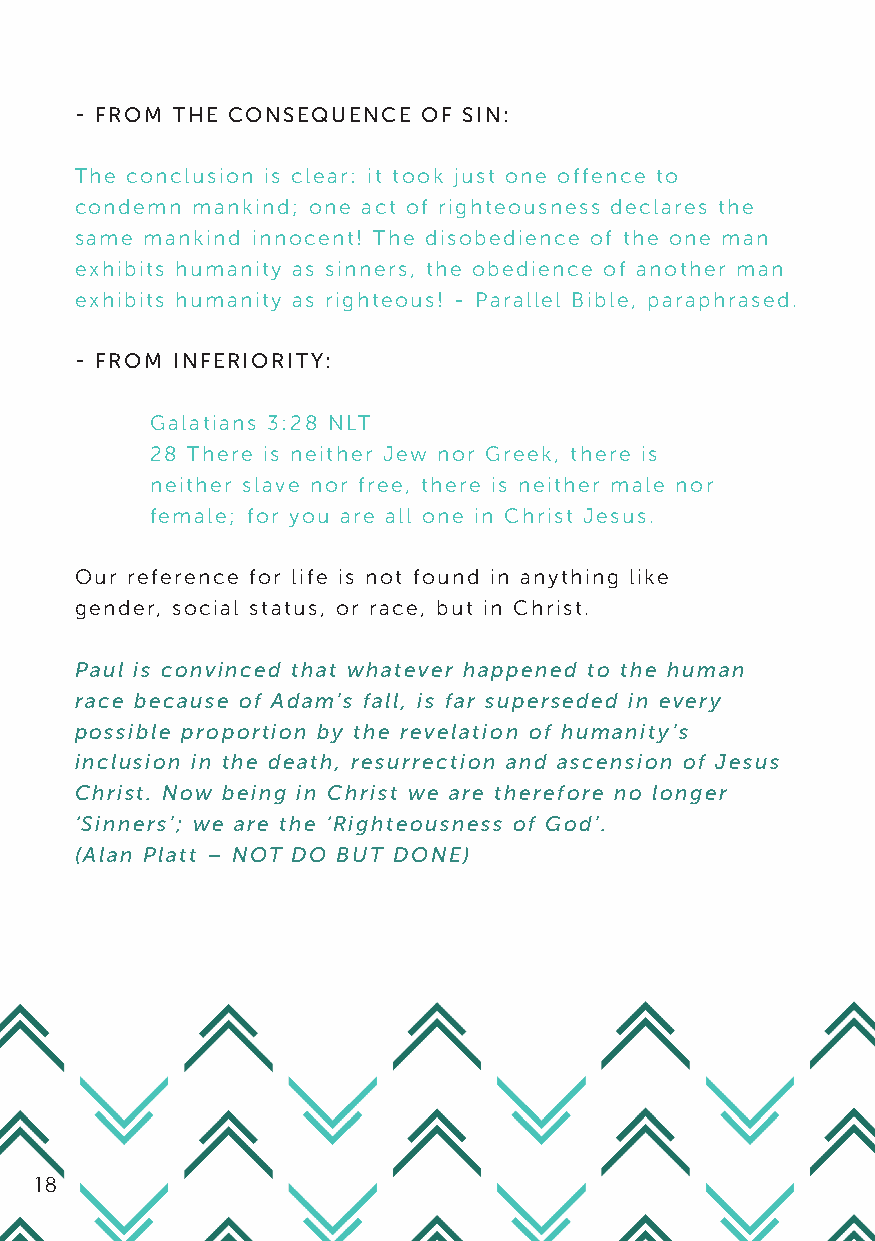
- FROM THE CONSEQUENCE OF SIN:
 The conclusion is clear: it took just one offence to
 condemn mankind; one act of righteousness declares the
 same mankind innocent! The disobedience of the one man
 exhibits humanity as sinners, the obedience of another man
 exhibits humanity as righteous! - Parallel Bible, paraphrased.
 - FROM INFERIORITY:
 Galatians 3:28 NLT
 28 There is neither Jew nor Greek, there is
 neither slave nor free, there is neither male nor
 female; for you are all one in Christ Jesus.
 Our reference for life is not found in anything like
 gender, social status, or race, but in Christ.
 Paul is convinced that whatever happened to the human
 race because of Adam’s fall, is far superseded in every
 possible proportion by the revelation of humanity’s
 inclusion in the death, resurrection and ascension of Jesus
 Christ. Now being in Christ we are therefore no longer
 ‘Sinners’; we are the ‘Righteousness of God’.
 (Alan Platt – NOT DO BUT DONE)
 18